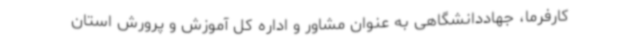
کارفرما، جهاددانشگاهی به عنوان مشاور و اداره کل آموزش و پرورش استان